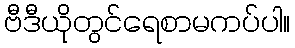
ဗီဒီယိုတွင်ရေစာမကပ်ပါ။